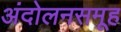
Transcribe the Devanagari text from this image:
अंदोलनसमूह